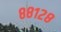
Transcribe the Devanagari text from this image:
८८१२८